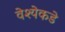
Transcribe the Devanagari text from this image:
वेश्येकडे